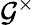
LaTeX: {\mathcal{G}}^{\times}